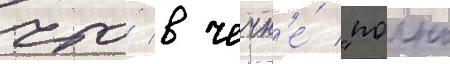
что́ в чечн'е́ "полно